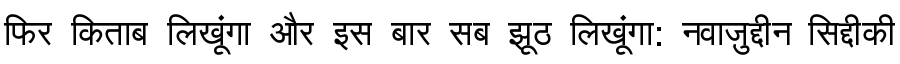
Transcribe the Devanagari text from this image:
फिर किताब लिखूंगा और इस बार सब झूठ लिखूंगा: नवाज़ुद्दीन सिद्दीकी